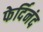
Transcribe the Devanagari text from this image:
फेर्दिनंद